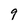
Character: 9